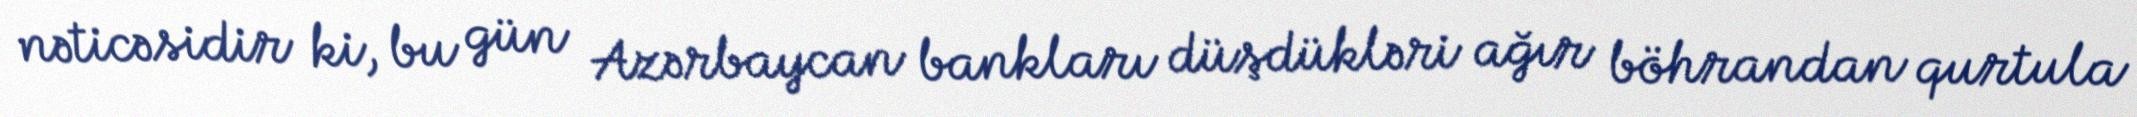
nəticəsidir ki, bu gün Azərbaycan bankları düşdükləri ağır böhrandan qurtula